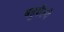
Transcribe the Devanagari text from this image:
बहुशैली